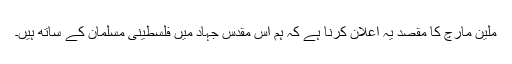
ملین مارچ کا مقصد یہ اعلان کرنا ہے کہ ہم اس مقدس جہاد میں فلسطینی مسلمان کے ساتھ ہیں۔